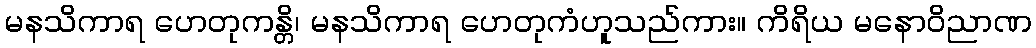
မနသိကာရ ဟေတုကန္တိ၊ မနသိကာရ ဟေတုကံဟူသည်ကား။ ကိရိယ မနောဝိညာဏ